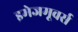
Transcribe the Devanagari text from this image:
इमेजमूवर्स